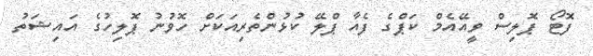
ފޮޓޯ ޕޮލިސް ވީއޭއެމް ކަޕްގެ ފެއާ ޕްލޭ ކުޅުންތެރިއަކަށް ހޮވުނު ޕޮލިހުގެ އައިޝަތު